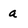
Character: a